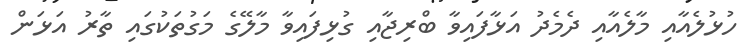
ހުޅުލެއާއި މާލެއާއި ދެމެދު އަޅާފައިވާ ބްރިޖާއި ގުޅިފަައިވާ މާލޭގެ މަގުތަކުގައި ތާރު އަޅަން